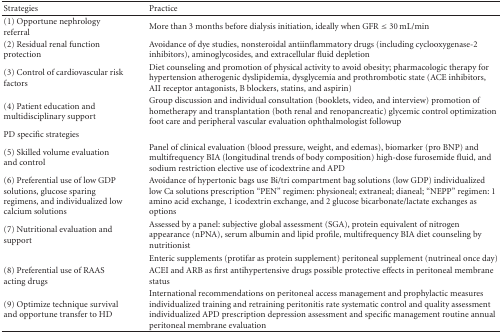
<table><thead><tr><td><b>Strategies</b></td><td><b>Practice</b></td></tr></thead><tbody><tr><td>(1) Opportune nephrology referral</td><td>More than 3 months before dialysis initiation, ideally when GFR ≤ 30 mL/min</td></tr><tr><td>(2) Residual renal function protection</td><td>Avoidance of dye studies, nonsteroidal antiinflammatory drugs (including cyclooxygenase-2 inhibitors), aminoglycosides, and extracellular fluid depletion</td></tr><tr><td>(3) Control of cardiovascular risk factors</td><td>Diet counseling and promotion of physical activity to avoid obesity; pharmacologic therapy for hypertension atherogenic dyslipidemia, dysglycemia and prothrombotic state (ACE inhibitors, AII receptor antagonists, B blockers, statins, and aspirin)</td></tr><tr><td>(4) Patient education and multidisciplinary support</td><td>Group discussion and individual consultation (booklets, video, and interview) promotion of hometherapy and transplantation (both renal and renopancreatic) glycemic control optimization foot care and peripheral vascular evaluation ophthalmologist followup</td></tr><tr><td>PD specific strategies</td><td></td></tr><tr><td>(5) Skilled volume evaluation and control</td><td>Panel of clinical evaluation (blood pressure, weight, and edemas), biomarker (pro BNP) and multifrequency BIA (longitudinal trends of body composition) high-dose furosemide fluid, and sodium restriction elective use of icodextrine and APD</td></tr><tr><td>(6) Preferential use of low GDP solutions, glucose sparing regimens, and individualized low calcium solutions</td><td>Avoidance of hypertonic bags use Bi/tri compartment bag solutions (low GDP) individualized low Ca solutions prescription “PEN” regimen: physioneal; extraneal; dianeal; “NEPP” regimen: 1 amino acid exchange, 1 icodextrin exchange, and 2 glucose bicarbonate/lactate exchanges as options</td></tr><tr><td>(7) Nutritional evaluation and support</td><td>Assessed by a panel: subjective global assessment (SGA), protein equivalent of nitrogen appearance (nPNA), serum albumin and lipid profile, multifrequency BIA diet counseling by nutritionist</td></tr><tr><td></td><td>Enteric supplements (protifar as protein supplement) peritoneal supplement (nutrineal once day)</td></tr><tr><td>(8) Preferential use of RAAS acting drugs</td><td>ACEI and ARB as first antihypertensive drugs possible protective effects in peritoneal membrane status</td></tr><tr><td>(9) Optimize technique survival and opportune transfer to HD</td><td>International recommendations on peritoneal access management and prophylactic measures individualized training and retraining peritonitis rate systematic control and quality assessment individualized APD prescription depression assessment and specific management routine annual peritoneal membrane evaluation</td></tr></tbody></table>